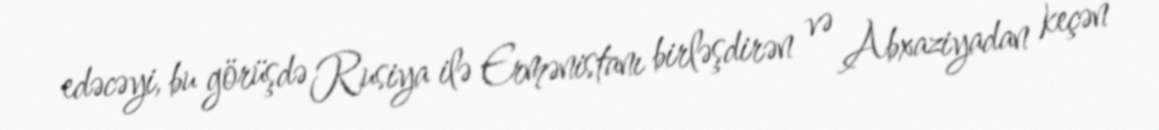
edəcəyi, bu görüşdə Rusiya ilə Ermənistanı birləşdirən və Abxaziyadan keçən